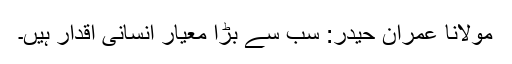
مولانا عمران حیدر: سب سے بڑا معیار انسانی اقدار ہیں۔